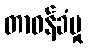
တာဝန်ခံမှု